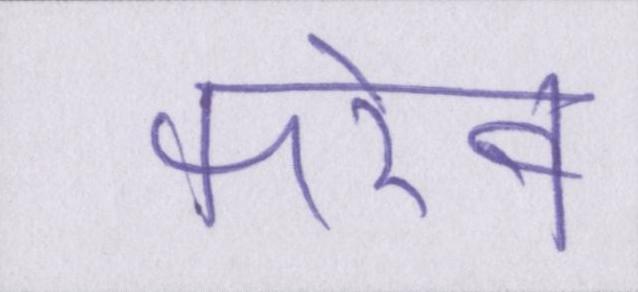
फरेब